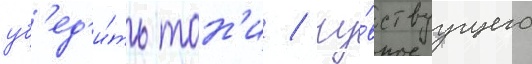
уб'ед'и́ть тон'и / чу́вствуущего